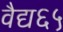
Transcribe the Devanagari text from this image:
वैद्य६५